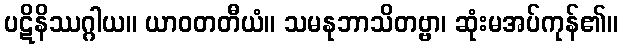
ပဋိနိဿဂ္ဂါယ။ ယာဝတတီယံ။ သမနုဘာသိတဗ္ဗာ၊ ဆုံးမအပ်ကုန်၏။